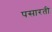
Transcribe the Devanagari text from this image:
पसारती